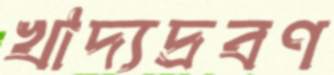
খাদ্যদ্রবণ